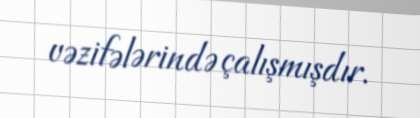
vəzifələrində çalışmışdır.